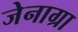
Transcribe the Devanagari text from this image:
जेनाग्रा